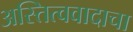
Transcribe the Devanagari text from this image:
अस्तित्ववादाचा